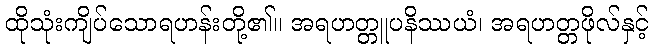
ထိုသုံးကျိပ်သောရဟန်းတို့၏။ အရဟတ္တူပနိဿယံ၊ အရဟတ္တဖိုလ်နှင့်